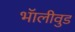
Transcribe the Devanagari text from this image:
भॅालीवुड